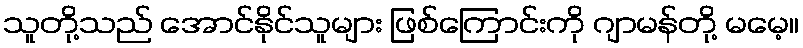
သူတို့သည် အောင်နိုင်သူများ ဖြစ်ကြောင်းကို ဂျာမန်တို့ မမေ့။